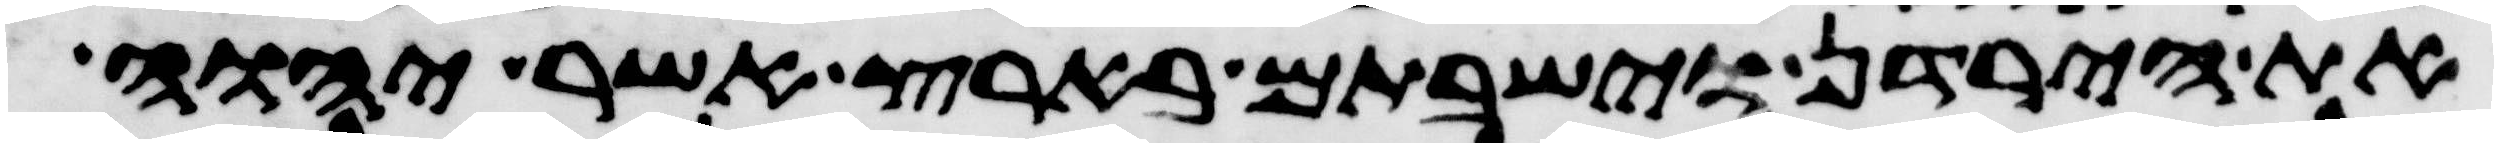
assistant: את הירדן וישבתם בארץ אשר יהוה